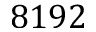
8 1 9 2